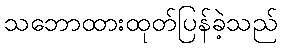
သဘောထားထုတ်ပြန်ခဲ့သည်